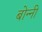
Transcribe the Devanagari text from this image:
बोन्‍नी